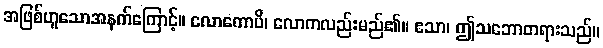
အဖြစ်ဟူသောအနက်ကြောင့်။ လောကောပိ၊ လောကလည်းမည်၏။ ဧသာ၊ ဤသဘောတရားသည်။